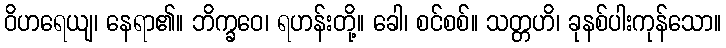
ဝိဟရေယျ၊ နေရာ၏။ ဘိက္ခဝေ၊ ရဟန်းတို့။ ခေါ၊ စင်စစ်။ သတ္တဟိ၊ ခုနစ်ပါးကုန်သော။